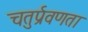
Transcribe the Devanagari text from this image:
चतुर्प्रवणता